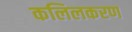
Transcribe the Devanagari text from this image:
कलिलकरण